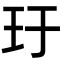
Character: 玗